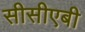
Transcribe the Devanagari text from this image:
सीसीएबी